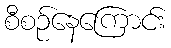
စီစဉ်နေကြောင်း